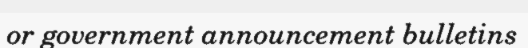
or government announcement bulletins